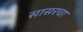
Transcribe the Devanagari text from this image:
सासरचा